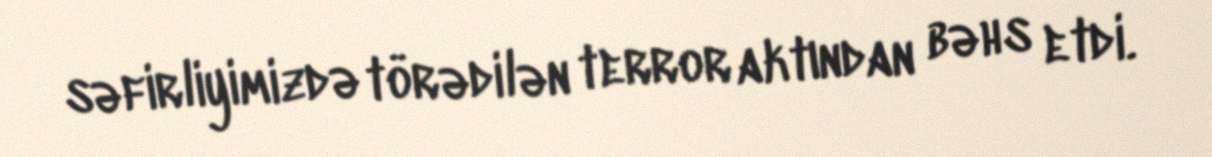
səfirliyimizdə törədilən terror aktından bəhs etdi.